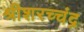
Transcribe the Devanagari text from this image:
श्रीशरच्चंद्र